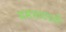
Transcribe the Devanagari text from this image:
समभावदर्शी